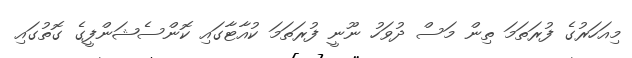
މިއަހަރުގެ ފުރަތަމަ ތިން މަސް ދުވަހު ނޫނީ ފުރަތަމަ ކުއާޓާގައި ކޮންސެޝަންފީގެ ގޮތުގައި